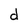
Character: d